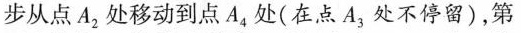
步从点A_{2}处移动到点A_{4}处(在点A_{3}处不停留)，第